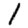
Digit: 1